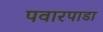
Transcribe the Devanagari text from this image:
पवारपाडा